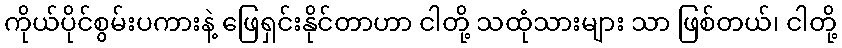
ကိုယ်ပိုင်စွမ်းပကားနဲ့ ဖြေရှင်းနိုင်တာဟာ ငါတို့ သထုံသားများ သာ ဖြစ်တယ်၊ ငါတို့